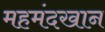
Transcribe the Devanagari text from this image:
महमंदखान